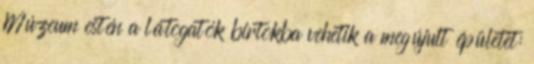
Múzeum estén a látogatók birtokba vehetik a megújult épületet: